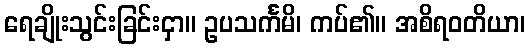
ရေချိုးသွင်းခြင်းငှာ။ ဥပသင်္ကမိ၊ ကပ်၏။ အစိရဝတိယာ၊